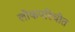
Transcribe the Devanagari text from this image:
लोकपरिचीत